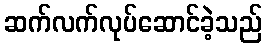
ဆက်လက်လုပ်ဆောင်ခဲ့သည်